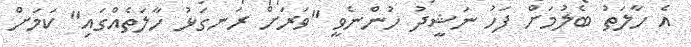
އެ ހާލަތު ބެލުމަށް ފަހު ނަޝީދު ހުންނެވީ "ވަރަށް ރަނގަޅު ހާލަތެއްގައި" ކަަމަށް